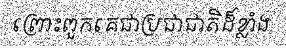
ព្រោះពួកគេជាប្រជាជាតិដ៏ខ្លាំង